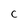
Character: C